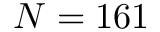
N = 1 6 1